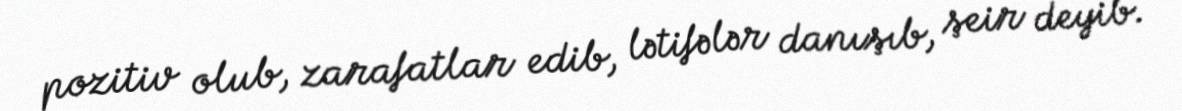
pozitiv olub, zarafatlar edib, lətifələr danışıb, şeir deyib.